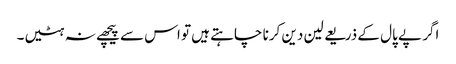
اگر پے پال کے ذریعے لین دین کرنا چاہتے ہیں تو اس سے پیچھے نہ ہٹیں۔